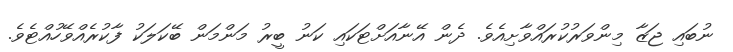
ނުބައި ޖަޒާ މިންވަރުކުރައްވާށިއެވެ. ދެން އޭނާއަށްޓަކައި ކަނު ބީރު މަންމަން ބޭކަލަކު ފާކުރެއްވޭހުއްޓެވެ.